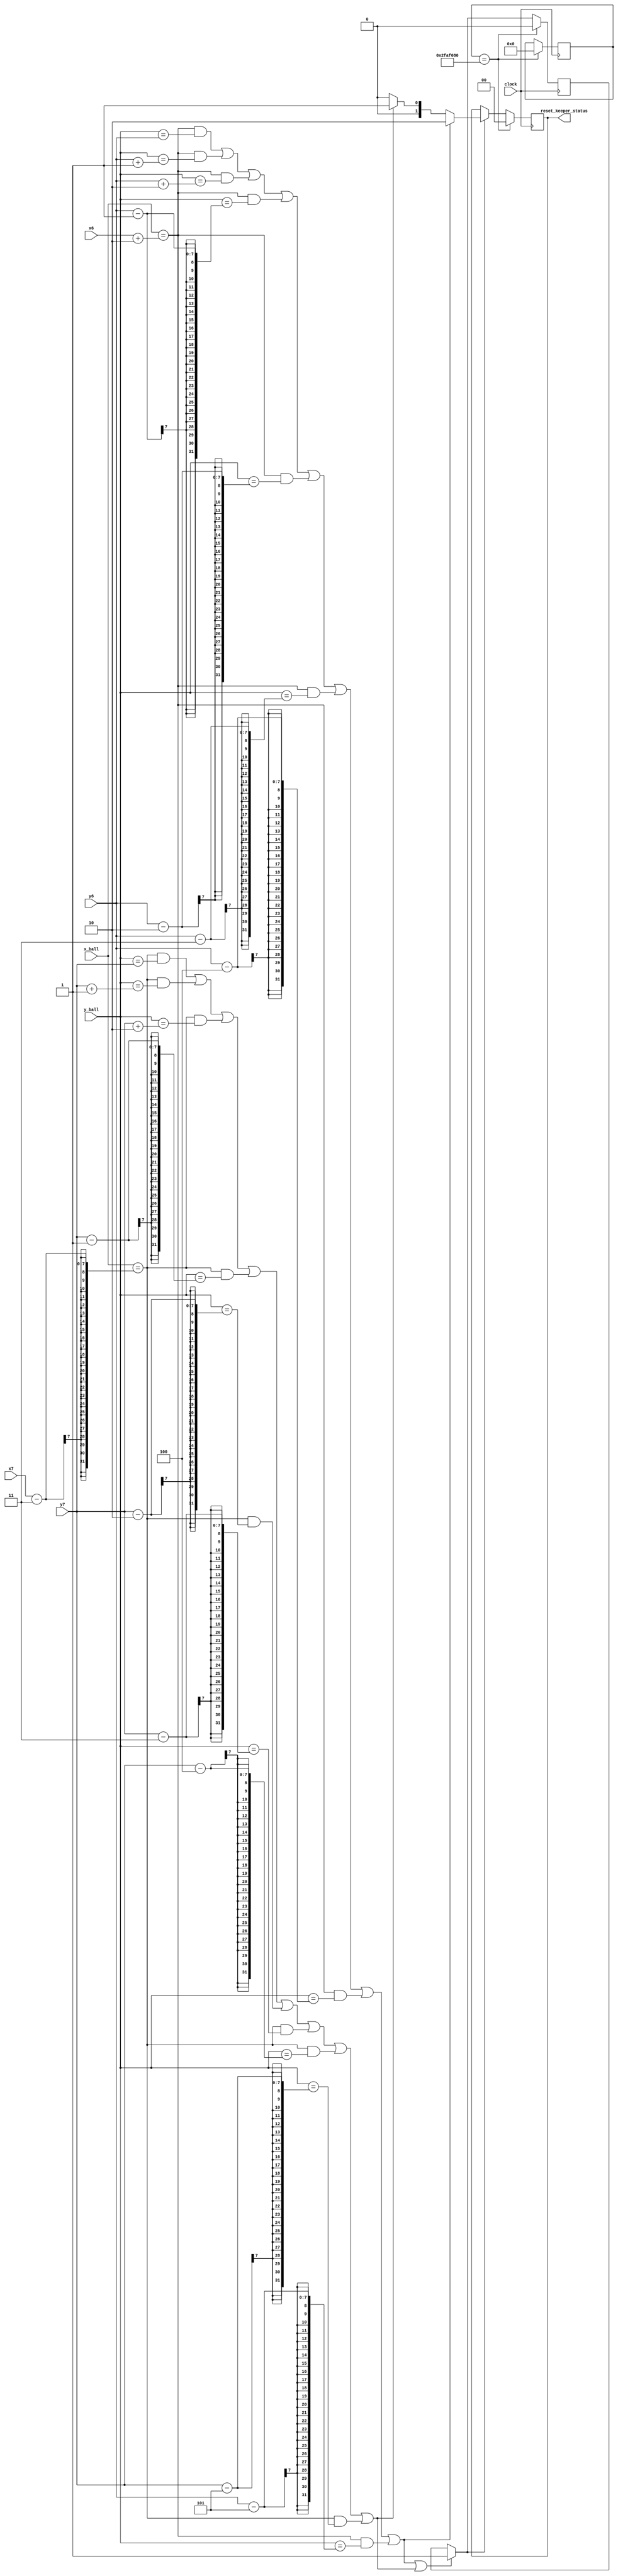
`timescale 1ns / 1ps
//////////////////////////////////////////////////////////////////////////////////
// Company: 
// Engineer: 
// 
// Design Name: 
// Module Name: keeper_reset
// Project Name: 
// Target Devices: 
// Tool Versions: 
// Description: 
// 
// Dependencies: 
// 
// Revision:
// Revision 0.01 - File Created
// Additional Comments:
// 
//////////////////////////////////////////////////////////////////////////////////


module keeper_reset(input clock, input [6:0] x6, y6, x7, y7, x_ball, y_ball, output reg [1:0] reset_keeper_status);
    reg touched = 0;
    reg [31:0] counter = 0;
    wire touch_left =
        (x_ball == x6 + 2 && y_ball == y6) ||
        (x_ball == x6 + 2 && y_ball == y6 + 1) ||
        (x_ball == x6 + 2 && y_ball == y6 + 2) ||   
        (x_ball == x6 + 2 && y_ball == y6 - 1) ||
        (x_ball == x6 + 2 && y_ball == y6 - 2) ||
        (x_ball == x6 + 2 && y_ball == y6 - 3) ||
        (x_ball == x6 + 2 && y_ball == y6 - 4) ||
        (x_ball == x6 + 2 && y_ball == y6 - 5);
        
    wire touch_right =
        (x_ball == x7 - 3 && y_ball == y7) ||
        (x_ball == x7 - 3 && y_ball == y7 + 1) ||
        (x_ball == x7 - 3 && y_ball == y7 + 2) ||   
        (x_ball == x7 - 3 && y_ball == y7 - 1) ||
        (x_ball == x7 - 3 && y_ball == y7 - 2) ||
        (x_ball == x7 - 3 && y_ball == y7 - 3) ||
        (x_ball == x7 - 3 && y_ball == y7 - 4) ||
        (x_ball == x7 - 3 && y_ball == y7 - 5);    
        
    initial begin
        reset_keeper_status = 0;
    end    
    
    always @ (posedge clock) begin
        if (touch_left || touch_right) begin
            touched = 1;
        end
        if (touched) begin
            reset_keeper_status = (touch_left)? 2'b10 : (touch_right)? 2'b01: 0;
            counter <= counter + 1;            
        end
        if (counter == 50_000_000) begin
            reset_keeper_status = 2'b00;
            counter = 0;
            touched = 0;
        end
    end
    
endmodule